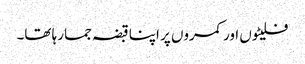
فلیٹوں اور کمروں پر اپنا قبضہ جما رہا تھا۔